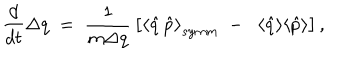
\frac { d } { d t } \Delta q \; = \; \frac { 1 } { m \Delta q } \, \big [ { \langle \hat { q } \, \hat { p } \rangle } _ { s y m m } \; - \; \; \langle \hat { q } \rangle \langle \hat { p } \rangle \big ] \, ,